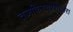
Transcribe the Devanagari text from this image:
तज़किरतुश्शोअरा